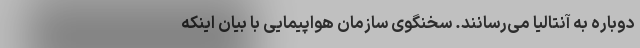
دوباره به آنتالیا می‌رسانند. سخنگوی سازمان هواپیمایی با بیان اینکه